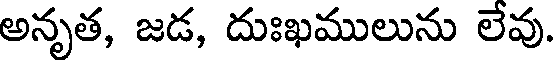
అనృత, జడ, దుఃఖములును లేవు.